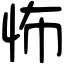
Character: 怖